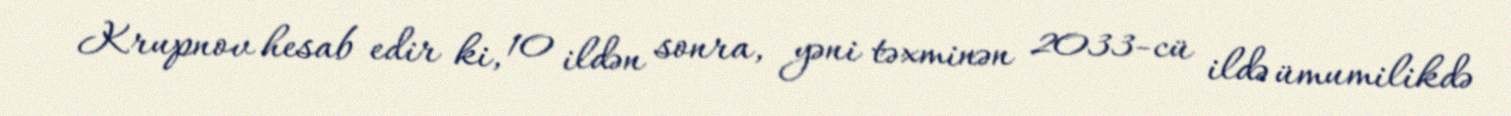
Krupnov hesab edir ki, 10 ildən sonra, yəni təxminən 2033-cü ildə ümumilikdə